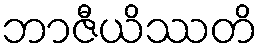
ဘာဇီယိဿတိ